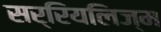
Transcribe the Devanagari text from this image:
सर्रियलिज्म